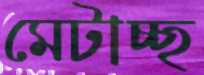
মেটাচ্ছ